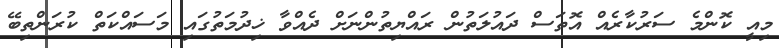
މިއީ ކޮންމެ ސަރުކާރެއް އޮތަސް ދައުލަތުން ރައްޔިތުންނަށް ދެއްވާ ޚިދުމަތުގައި މަސައްކަތް ކުރަންތިބޭ